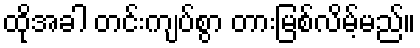
ထိုအခါ တင်းကျပ်စွာ တားမြစ်လိမ့်မည်။